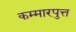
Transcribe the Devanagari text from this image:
कम्मारपुत्त